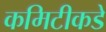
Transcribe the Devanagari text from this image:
कमिटीकडे